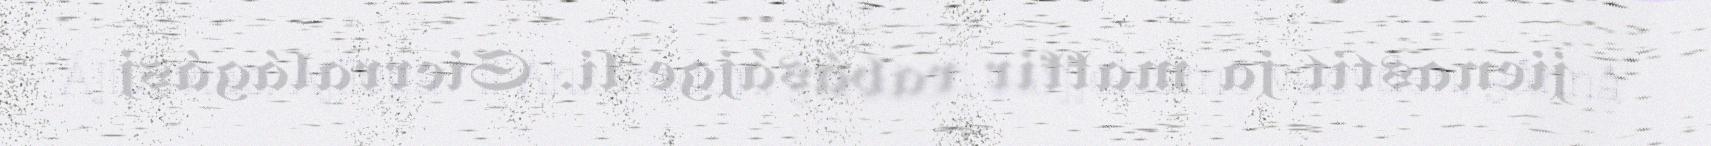
Ájluovtas. Ájllegav li Ankareden, guhkken oarjjelsáme vuovden, gånnå